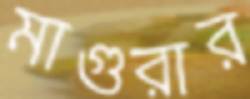
মাগুরার